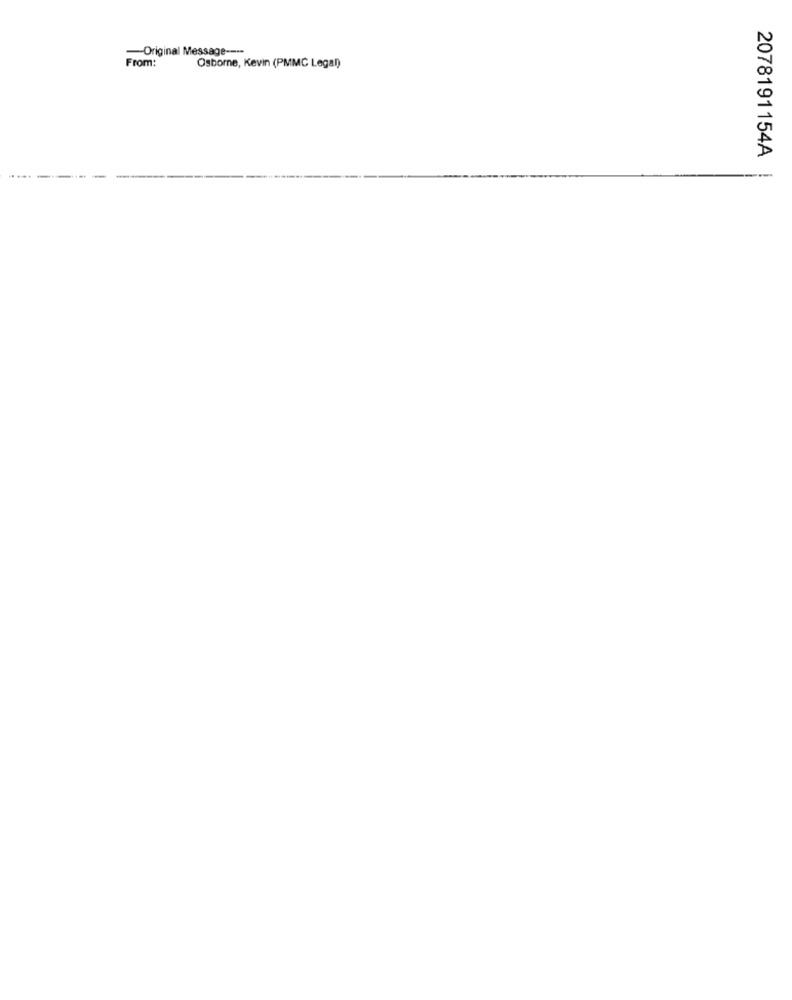
-Original Message ----
From:
Osborne, Kevin (PMMC Legal)
2078191154A